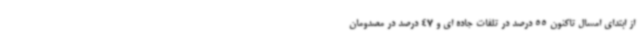
از ابتدای امسال تاکنون 55 درصد در تلفات جاده ای و 47 درصد در مصدومان